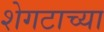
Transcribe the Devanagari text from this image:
शेगटाच्या